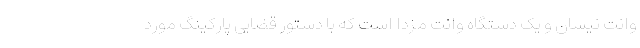
وانت نیسان و یک دستگاه وانت مزدا است که با دستور قضایی پارکینگ مورد